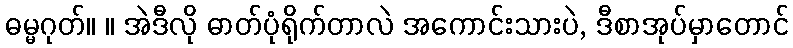
ဓမ္မဂုတ်။ ။ အဲဒီလို ဓာတ်ပုံရိုက်တာလဲ အကောင်းသားပဲ, ဒီစာအုပ်မှာတောင်